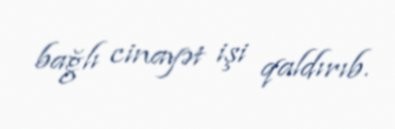
bağlı cinayət işi qaldırıb.